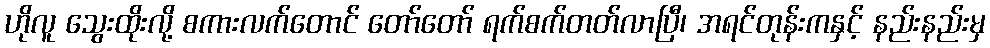
ဟိုလူ သွေးထိုးလို့ စကားလက်တောင် တော်တော် ရက်စက်တတ်လာပြီ၊ အရင်တုန်းကနှင့် နည်းနည်းမှ